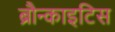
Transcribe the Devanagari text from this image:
ब्रौन्काइटिस